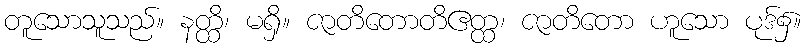
တူသောသူသည်။ နတ္ထိ၊ မရှိ။ ဇာတိတောတိဧတ္ထ၊ ဇာတိတော ဟူသော ပုဒ်၌။